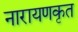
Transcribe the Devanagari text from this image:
नारायणकृत